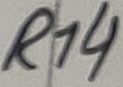
Text: R14